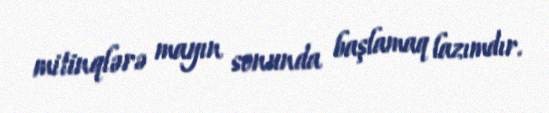
mitinqlərə mayın sonunda başlamaq lazımdır.